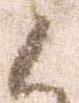
候